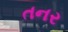
તનર